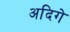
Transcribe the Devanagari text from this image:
अदिगे